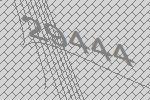
29444